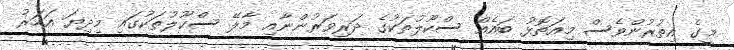
މީގެ އިތުރުންވެސް މިއަތޮޅު ބައެއް ސްކޫލުތަކުގެ ދަރިވަރުންނާއި މާލޭ ސްކޫލުތަކުގައި މިދިޔަ އަހަރު